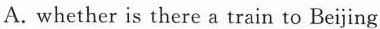
A. whether is there a train to Beijing